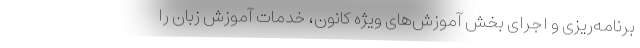
برنامه‌ریزی و اجرای بخش آموزش‌های ویژه کانون، خدمات آموزش زبان را